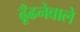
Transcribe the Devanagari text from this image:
ढूँढनेवाले